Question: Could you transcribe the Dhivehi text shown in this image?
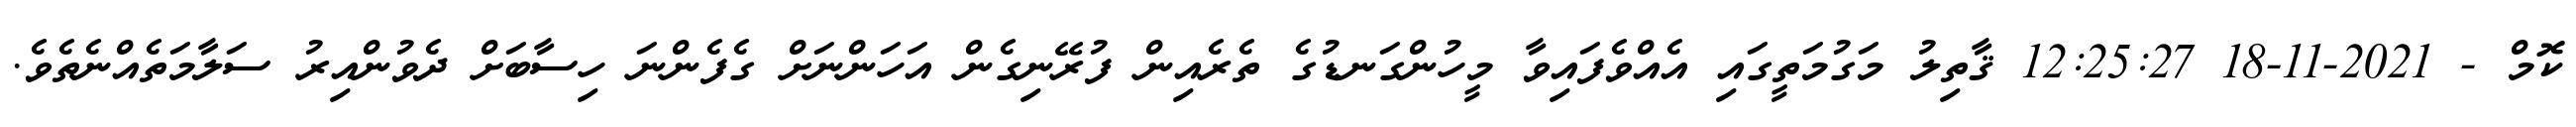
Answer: ކޮމް - 2021-11-18 12:25:27 ޤާތިލު މަގުމަތީގައި އެއްވެފައިވާ މީހުންގަނޑުގެ ތެރެއިން ފުރޭނިގެން އަހަންނަށް ގެފެންނަ ހިސާބަށް ދެވުންއިރު ސަލާމަތެއްނެތެވެ.